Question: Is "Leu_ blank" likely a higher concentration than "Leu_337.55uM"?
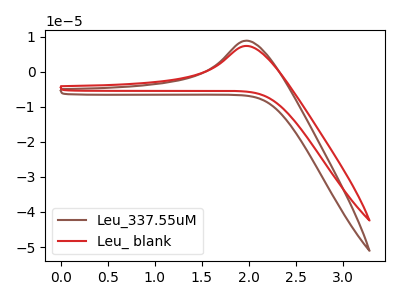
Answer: <think>The brown curve "Leu_337.55uM" has an anodic peak at: (2.00V, 8.85uA). The red curve "Leu_ blank" has an anodic peak at: (2.00V, 7.35uA).
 All the peaks in "Leu_ blank" have a peak in "Leu_337.55uM" at the same potential. Every peak in "Leu_ blank" is lower than every peak in "Leu_337.55uM".</think>
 <answer>"Leu_ blank" has less signal than "Leu_337.55uM".</answer>
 <eval>less_signal</eval>